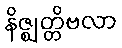
နိဇ္ဈတ္တိဗလာ